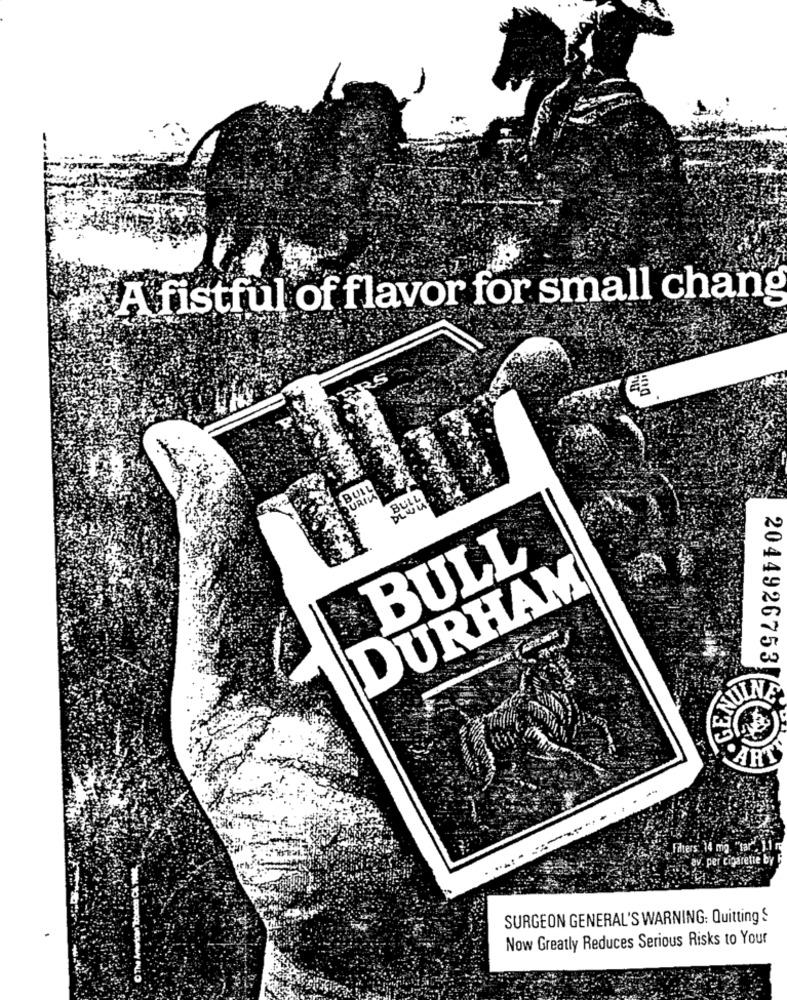
A fistful of flavor for small chang
BULL
URIVA
BULL
BULL
DURHAM
2044926753
UINE
PART
Filters
av. per cigarette by
SURGEON GENERAL'S WARNING: Quitting S
Now Greatly Reduces Serious Risks to Your